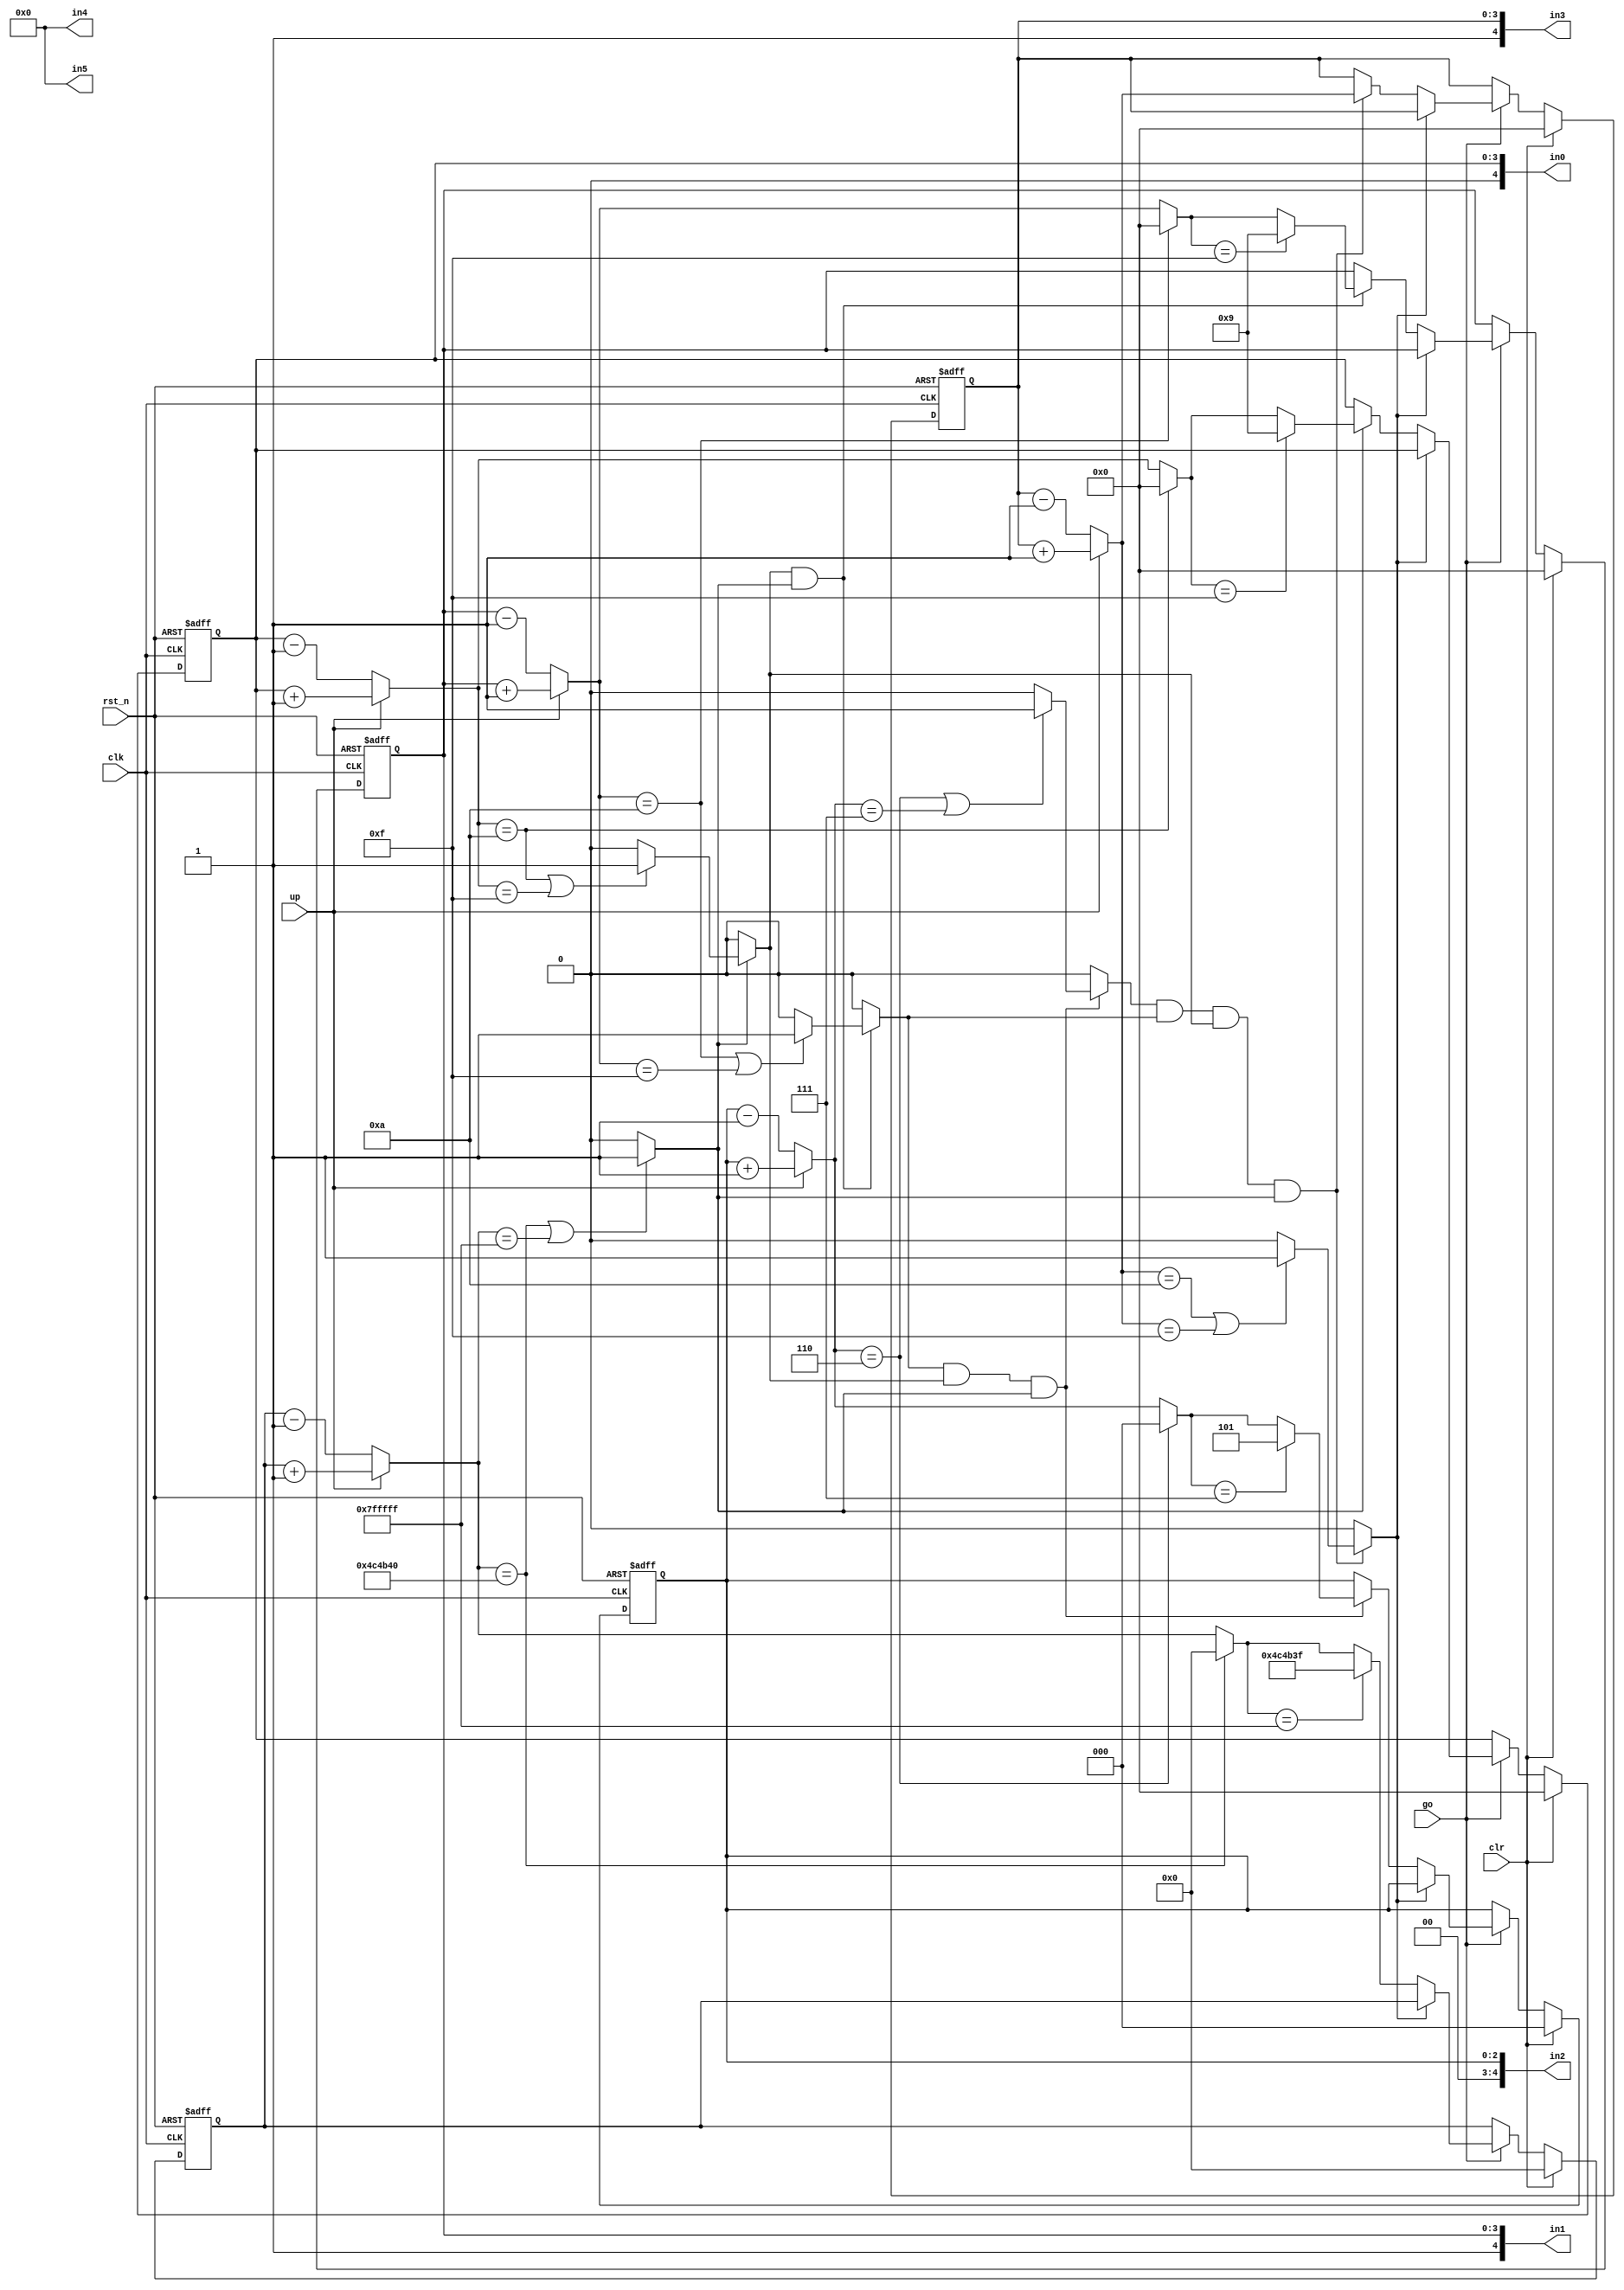
`timescale 1ns / 1ps

module Enhanced_Stopwatch(   
	input clk,rst_n,
	input up,go,clr, // up-> 1:Count up 0:Count down    go->1:play 0:pause    clr-->back to 0.00.0
	output[4:0] in0,in1,in2,in3,in4,in5
    );
	 
	 //NOTE: LED display format of stopwatch: M.S1S0.D. This will automatically stop at 0.00.0 when counting down and will stop at 9.59.9 when counting up
	 reg[22:0] mod_5M=0; //period of 0.1 sec (5M/50MHz=0.1 sec)
	 reg[3:0] D=0,S0=0,M=0; //D=Decimal  S0=1st digit of seconds   S1=2nd digit of seconds   M=Minutes
	 reg[2:0] S1=0; //S1 counts from 0 to 5 only so 3 bits is enough
	 reg[22:0] mod_5M_nxt=0;
	 reg[3:0] D_nxt=0,S0_nxt=0,M_nxt=0;
	 reg[2:0] S1_nxt=0;
	 reg mod_5M_max=0,D_max=0,S0_max=0,S1_max=0,M_max=0;
	 //registers
	 always @(posedge clk,negedge rst_n) begin
		 if(!rst_n) begin
			mod_5M<=0;
			D<=0;
			S0<=0;
			S1<=0;
			M<=0;
	
		 end
		 
		 else begin
			 if(clr) begin
				mod_5M<=0;
				D<=0;
				S0<=0;
				S1<=0;
				M<=0;	
			 end
			 else if(go) begin 
				mod_5M<=mod_5M_nxt;
				D<=D_nxt;
				S0<=S0_nxt;
				S1<=S1_nxt;
				M<=M_nxt;
			 end
		 end
	 end
	 
	 //next-state logics
	 always @* begin
	 mod_5M_nxt=mod_5M;
	 D_nxt=D;
	 S0_nxt=S0;
    S1_nxt=S1;
    M_nxt=M;	
	 mod_5M_max=0;
	 D_max=0;
	 S0_max=0;
	 S1_max=0;
	 M_max=0;
 			 mod_5M_nxt=  up? mod_5M+1:mod_5M-1;  //counter with 0.1 period
			 mod_5M_max= (mod_5M_nxt==5_000_000|| mod_5M_nxt=={23{1'b1}}) ? 1:0; //Notify next line when 5_000_000(max when counting up) is reached or when 23{1'b1}(counting down from zero) is reached
			 mod_5M_nxt= (mod_5M_nxt==5_000_000) ? 0:mod_5M_nxt; //5_000_000  must never be reach(since 4_999_999 is the ceiling) so go back to zero. This happens when we count up from 4_999_999
			 mod_5M_nxt= (mod_5M_nxt=={23{1'b1}}) ? 4_999_999:mod_5M_nxt; //{23{1'b1}} must never be reach since 4_999_999 is the hihgest . This happens when we count down from zero.
			 
			 if(mod_5M_max) begin //decimal digit(counts from 0.0 to 0.9 sec
			 D_nxt=up?D+1:D-1;
			 D_max=(D_nxt==10 || D_nxt==4'b1111)?1:0;  //Notify next line when 4'd10(max when counting up) is reached or when 4'b1111(counting down from zero) is reached
			 D_nxt=(D_nxt==10)?0:D_nxt; //10  must never be reach(since 9 is the ceiling) so go back to zero. This happens when we count up from 9
			 D_nxt=(D_nxt==4'b1111)?9:D_nxt; ////4'b1111 must never be reach(since 9 or 4'b1010 is the highest) so go back to zero. This happens when we count down from zero.
			 end
			 
			 if(D_max && mod_5M_max) begin //first digit of seconds(counts from 0 to 9 sec)
			 S0_nxt=up?S0+1:S0-1;
			 S0_max=(S0_nxt==10 || S0_nxt==4'b1111)?1:0; //Notify next line when 4'd10(max when counting up) is reached or when 4'b1111(counting down from zero) is reached
			 S0_nxt=(S0_nxt==10)?0:S0_nxt; //10  must never be reach(since 9 is the ceiling) so go back to zero. This happens when we count up from 9
			 S0_nxt=(S0_nxt==4'b1111)? 9:S0_nxt; ////4'b1111 must never be reach(since 9 or 4'b1010 is the highest) so go back to zero. This happens when we count down from zero.
			 end
			 
			 if(S0_max && D_max && mod_5M_max) begin //second digit of seconds(counts from 0 to 5)
			 S1_nxt=up?S1+1:S1-1;
			 S1_max=(S1_nxt==6 || S1_nxt==3'b111)?1:0;//Notify next line when 3'd6(max when counting up) is reached or when 4'b1111(counting down from zero) is reached
			 S1_nxt=(S1_nxt==6)?0:S1_nxt; //6  must never be reach(since 5 is the ceiling) so go back to zero. This happens when we count up from 5
			 S1_nxt=(S1_nxt==3'b111)?5:S1_nxt; ////3'b111 must never be reach(since 5 or 3'b101 is the highest) so go back to zero. This happens when we count down from zero.
			 end
			 
			 if(S1_max && S0_max && D_max && mod_5M_max) begin //Minutes digit(counts from 0 to 9)
			 M_nxt=up?M+1:M-1;
			 M_max=(M_nxt==10 || M_nxt==4'b1111)?1:0; //If 10 is reached then notify next line to STOP COUNTING SINCE 9.59.9 4_999_999 is the MAX)
																  //If 0 is 4'b1111 is reached then notify next line to STOP COUNTING SINCE 0.00.0 0_000_000 is the MIN)
			 end		
		
		 if(M_max==1) begin //if M_max_nxt is asserted,then replaced all register with previous value, WITHOUT THIS THE STOPWATCH WILL STOP AT F.59.9 no at 0.00.00 when counting down
			 mod_5M_nxt=mod_5M;
			 D_nxt=D;
			 S0_nxt=S0;
			 S1_nxt=S1;
			 M_nxt=M;
		 end
	 
	 end
	 assign in0={1'b0,D},
			  in1={1'b1,S0},
			  in2={2'b0,S1},
			  in3={1'b1,M},
			  in4=0,
			  in5=0;
	





endmodule